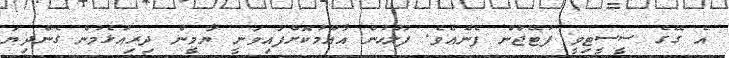
އެ ގޭގެ ސީސީޓިވީ ފުޓޭޖުން ފެނެއެވެ. ފުލުހުން އާއްމުކޮށްފައިވަނީ ޔާމީން ދިރިއުޅެމުން ގެންދިޔަ